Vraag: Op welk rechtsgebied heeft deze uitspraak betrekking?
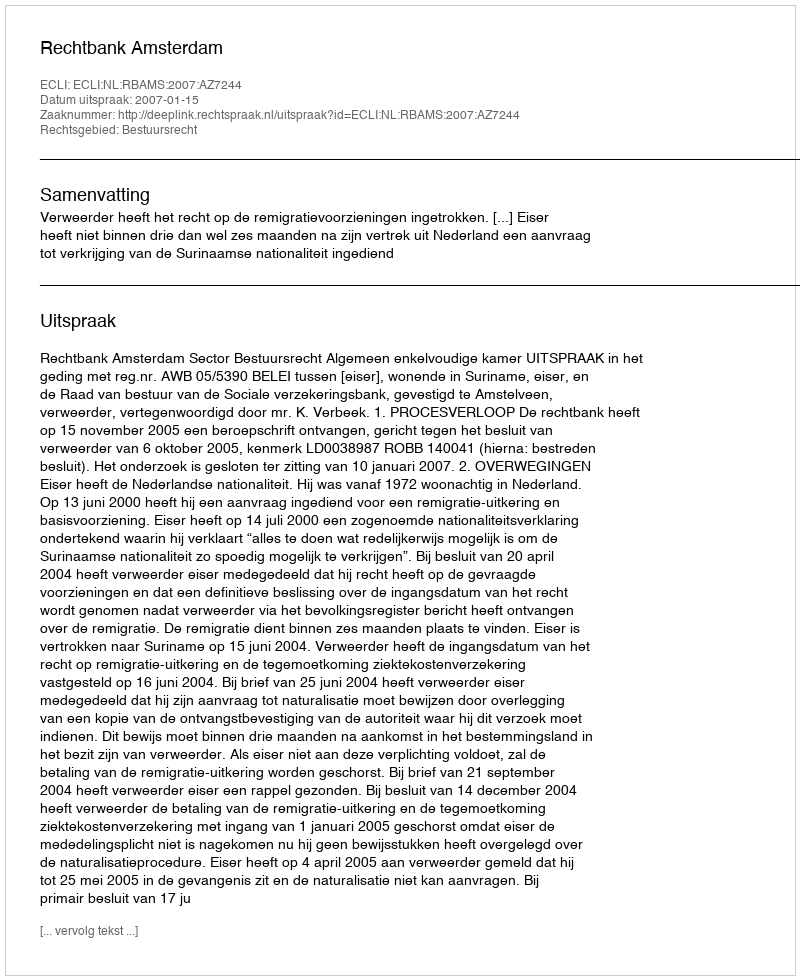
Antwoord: Bestuursrecht